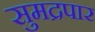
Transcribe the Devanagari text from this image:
सुमद्रपार